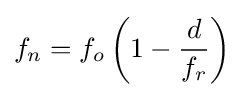
{f_{n}}={f_{o}}\left(1-{\frac {d}{f_{r}}}\right)